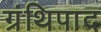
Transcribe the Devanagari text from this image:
ग्रंथिपाद